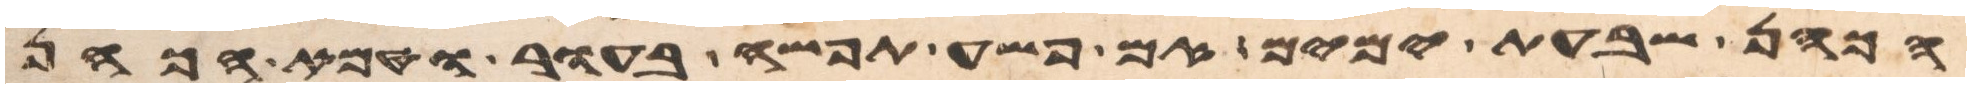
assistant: הכהן שבעת ימים אם פשה תפשה בעור וטמא הכהן